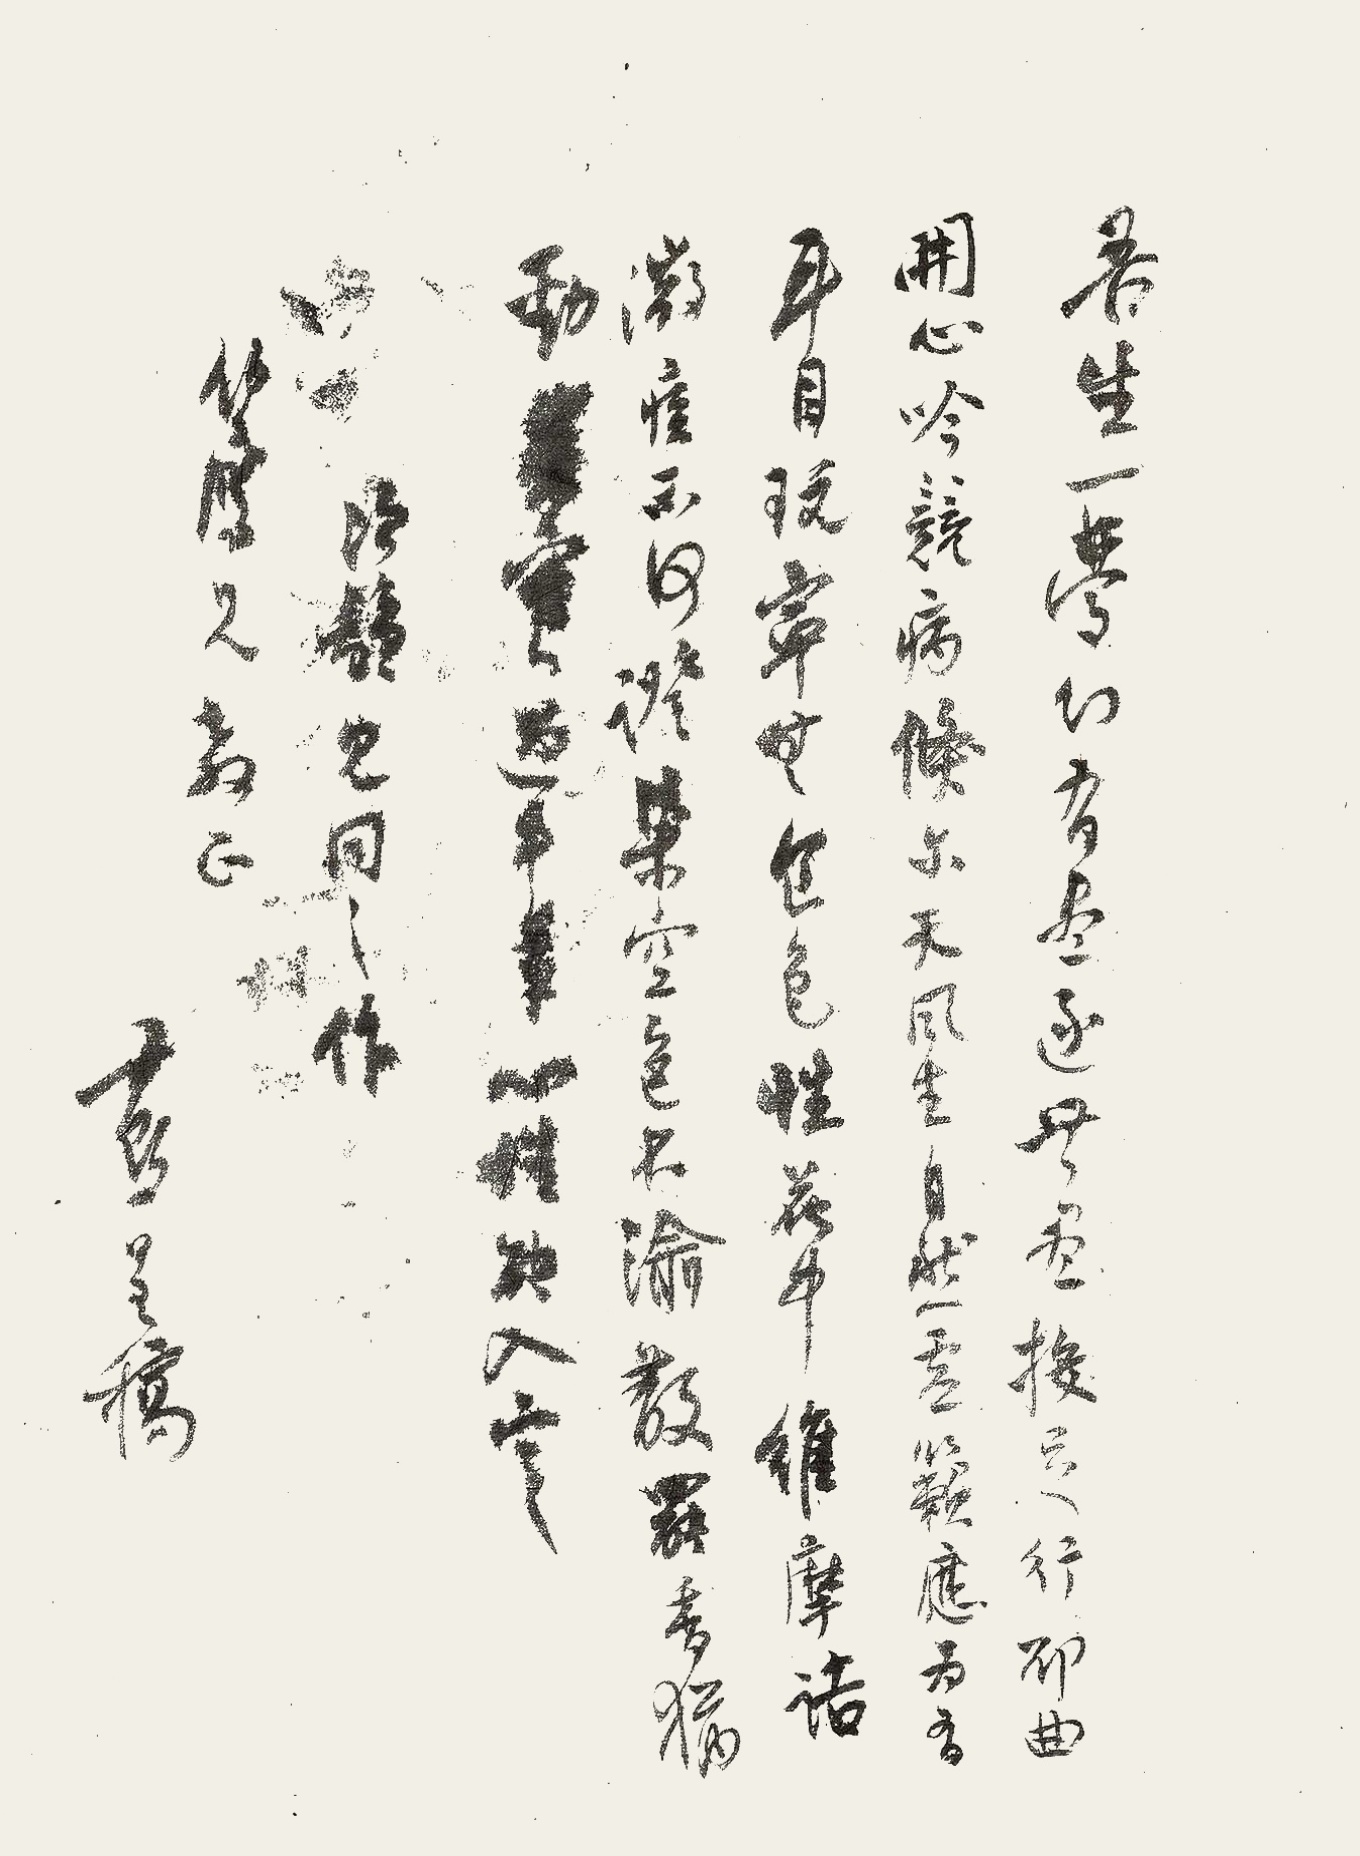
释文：吾生一梦幻，有尽逐无尽。投足行却曲，开心吟竞病。倏尔天风生，自然虚籁应。为有耳目玩，宁无食色性。花中维摩诘，微不可证。染空色不渝，散罢香犹劲。过手笔，心性能入定。次韵见同之作。伯鹰兄教正。尹默呈稿。